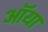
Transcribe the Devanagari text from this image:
ऑया